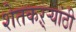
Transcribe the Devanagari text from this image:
शेतकऱ्र्‍यांठी